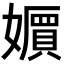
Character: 𡣧